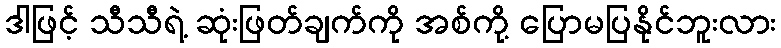
ဒါဖြင့် သီသီရဲ့ ဆုံးဖြတ်ချက်ကို အစ်ကို့ ပြောမပြနိုင်ဘူးလား